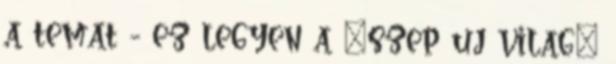
a temat - ez legyen a "szep uj vilag"